Annual statistical returns and brief notes on vaccination in Bengal - 1896-1909
Year: 1896
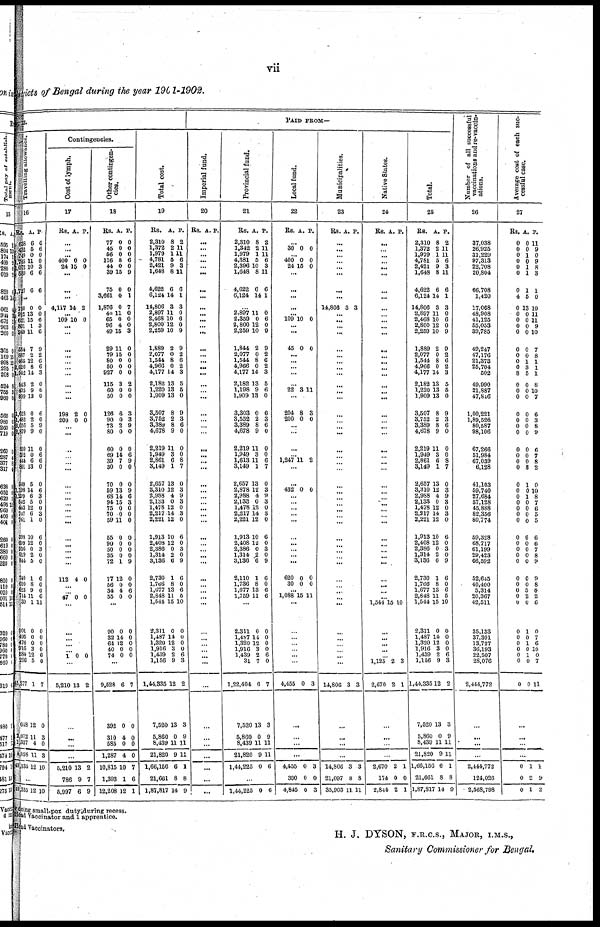
vii
Districts of Bengal during the year 1901-1902.
TURE.
Travelling allowance.
16
Rs.
638
432
749
1,765
1,072
589
1,727
A.
6
5
0
11
10
6
6
P.
6
6
0
0
3
6
6
...
750
912
621
801
949
554
887
465
8,620
1,042
543
405
899
1,623
1,482
2,056
3,879
899
592
444
801
949
1,198
1,299
542
443
747
761
598
699
956
619
844
740
600
623
744
30
901
495
476
916
584
296
45,277
648
2,072
1,337
4,058
49,335
0
13
15
1
11
7
2
12
8
14
2
9
13
0
2
5
9
11
0
6
13
5
14
6
5
12
6
1
10
12
0
2
5
1
8
9
11
1
0
0
0
3
12
5
1
12
11
4
11
12
0
0
6
3
6
9
2
6
6
3
0
6
0
6
0
9
0
0
6
6
0
0
6
3
0
0
3
0
6
0
3
0
0
6
0
0
6
11
0
0
0
0
6
0
7
0
3
0
3
10
...
49,335 12 10
Contingencies.
Cost of lymph.
17
Rs. A. P.
...
...
...
400
24
0
15
0
0
...
...
...
4,117 14 2
... 109 10 0
...
...
...
...
...
... ...
...
... ...
198
200
2
0
0
0
... ...
...
...
... ...
...
...
...
...
...
... ...
...
...
...
... ...
112 4 0
...
... 47 0 0
...
...
...
...
...
1 0 0
...
5,210 13 2
...
...
...
...
5,210
786
5,997
13
9
6
2
7
9
Other contingen-
cies.
18
Rs.
77
45
56
116
44
39
75
3,661
1,876
40
65
96
49
29
79
80
50
927
115
60
50
126
90
73
80
60
69
39
30
70
59
68
94
75
70
59
55
90
50
35
72
77
56
34
55
A.
0
0
0
8
0
15
0
0
0
11
0
4
15
11
15
0
0
0
3
0
0
6
0
2
0
0
14
7
0
0
13
14
15
0
0
11
0
0
0
0
1
12
0
4
0
P.
0
0
0
6
0
9
0
1
7
0
0
0
3
0
0
0
0
0
2
0
0
3
3
9
0
0
6
9
0
0
9
6
3
0
0
0
0
0
0
0
9
0
0
6
0
...
90
32
64
40
74
0
14
12
0
0
0
0
0
0
0
...
9,528
392
310
585
1,287
10,815
1,393
12,208
6
0
4
0
4
10
1
12
7
0
0
0
0
7
6
1
Total cost.
19
Rs.
2,310
1,372
1,979
4,781
2,421
1,648
4,622
6,124
14,806
2,897
2,468
2,800
2,259
1,889
2,077
1,544
4,966
4,177
2,182
1,220
1,909
3,507
3,752
3,389
4,678
2,219
1,949
2,861
3,149
2,657
3,310
2,988
2,133
1,478
2,217
2,221
1,913
2,408
2,386
1,314
3,136
2,730
1,766
1,677
2,848
1,544
2,311
1,487
1,320
1,916
1,439
1,156
1,44,335
7,520
5,860
8,439
21,820
1,66,156
21,661
1,87,817
A.
8
2
1
5
9
8
6
14
3
11
10
12
10
2
0
8
0
14
13
13
13
8
2
8
9
11
3
6
1
13
12
4
0
12
14
12
10
12
0
2
6
1
8
13
11
15
0
14
12
3
2
9
12
13
0
11
9
6
8
14
P.
2
11
11
6
3
11
6
1
3
0
6
0
9
9
2
6
2
3
5
5
0
9
3
6
0
0
0
8
7
0
3
9
3
0
3
0
6
0
3
0
9
6
0
6
5
10
0
0
0
0
6
3
2
3
9
11
11
1
8
9
PAID FROM—
Imperial fund.
20
Rs. A. P.
...
...
...
...
...
...
...
...
...
...
... ...
...
...
...
...
...
...
...
...
...
...
... ...
...
...
...
... ...
...
...
...
... ...
...
...
...
... ...
... ...
...
...
... ...
...
...
...
... ...
...
...
...
...
...
...
...
...
...
...
Provincial fund.
21
Rs.
2,310
1,342
1,979
4,381
2,396
1,648
4,622
6,124
A.
8
2
1
5
10
8
6
14
P.
2
11
11
6
3
11
6
1
...
2,897
2,359
2,800
2,259
1,844
2,077
1,544
4,966
4,177
2,182
1,198
1,909
3,303
3,552
3,389
4,678
2,219
1,949
1,613
3,149
2,657
2,878
2,988
2,133
1,478
2,217
2,221
1,913
2,408
2,386
1,314
3,136
2,110
1,736
1,677
1,759
11
0
12
10
2
0
8
0
14
13
9
13
0
2
8
9
11
3
11
1
13
12
4
0
12
14
12
10
12
0
2
6
1
8
13
11
0
6
0
9
9
2
6
2
3
5
6
0
6
3
6
0
0
0
6
7
0
3
9
3
0
3
0
6
0
3
0
9
6
0
6
6
...
2,311
1,487
1,320
1,916
1,439
31
1,22,404
7,520
5,860
8,439
21,820
1,44,225
0
14
12
3
2
7
6
13
0
11
9
0
0
0
0
0
6
0
7
3
9
11
11
6
...
1,44,225 0 6
Local fund.
22
Rs. A. P.
...
30 0 0
...
400
24
0
15
0
0
...
...
...
...
...
109 10 0
...
...
45 0 0
...
...
...
...
...
22 3 11
...
204
200
8
0
3
0
...
...
...
...
1,247 11 2
...
...
432 0 0
... ...
...
... ...
...
...
...
...
...
620
30
0
0
0
0
...
1,088 15 11
...
...
...
...
...
...
...
4,455 0 3
...
...
...
...
4,455
390
4,845
0
0
0
3
0
3
Municipalities.
23
Rs. A. P.
...
...
...
... ...
...
...
...
14,806 3 3
...
... ...
...
...
...
...
... ...
...
... ...
...
... ... ...
...
...
... ...
...
...
... ...
...
...
...
...
... ...
... ...
...
...
...
... ...
...
...
...
...
...
...
14,806 3 3
...
...
...
...
14,806
21,097
35,903
3
8
11
3
8
11
Native States.
24
Rs. A. P.
...
...
...
...
...
...
...
...
...
...
... ...
...
...
...
...
... ...
...
... ...
...
...
... ...
...
...
... ...
...
...
... ...
...
... ...
...
...
...
... ...
...
...
... ...
1,544 15 10
...
...
...
...
... 1,125
2,670
2
2
3
1
...
...
...
...
2,670
174
2,844
2
0
2
1
0
1
Total.
25
Rs.
2,310
1,372
1,979
4,781
2,421
1,648
4,622
6,124
14,806
2,897
2,468
2,800
2,259
1,889
2,077
1,544
4,966
4,177
2,182
1,220
1,909
3,507
3,752
3,389
4,678
2,219
1,949
2,861
3,149
2,657
3,310
2,988
2,133
1,478
2,217
2,221
1,913
2,408
2,386
1,314
3,136
2,730
1,766
1,677
2,848
1,544
2,311
1,487
1,320
1,916
1,439
1,156
1,44,335
7,520
5,860
8,439
21,320
1,66,156
21,661
1,87,817
A.
8
2
1
5
9
8
6
14
3
11
10
12
10
2
0
8
0
14
13
13
13
8
2
8
9
11
3
6
1
13
12
4
0
12
14
12
10
12
0
2
6
1
8
13
11
15
0
14
12
3
2
9
12
13
0
11
9
6
8
14
P.
2
11
11
6
3
11
6
1
3
0
6
0
9
9
2
6
2
3
5
5
0
9
3
6
0
0
0
8
7
0
3
9
3
0
3
0
6
0
3
0
9
6
0
6
5
10
0
0
0
0
6
3
2
3
9
11
11
1
8
9
Number of all successful
vaccinations and re-vaccin-
ations.
26
37,038
26,925
31,229
97,313
22,708
20,804
66,708
1,420
17,068
48,908
41,125
55,053
39,785
49,247
47,176
21,373
25,704
502
49,990
21,887
47,846
1,00,221
1,89,526
80,587
98,106
67,266
51,984
67,039
6,128
41,103
59,740
27,684
57,128
45,888
82,356
80,774
59,328
68,717
61,199
29,423
66,592
52,645
40,400
5,314
20,367
42,511
35,133
37,301
13,727
36,193
22,507
28,076
2,444,772
...
...
...
...
2,444,772
124,026
2,568,798
Average cost of each suc-
cessful case.
27
Rs.
0
0
0
0
0
0
0
4
0
0
0 0
0
0
0
0
0
8
0
0
0
0
0
0
0
0
0
0
0
0
0
0
0
0
0
0
0
0
0
0
0
0
0
0
0
0
0
0
0
0
0
0
0
A.
0
0
1
0
1
1
1
5
13
0
0
0
0
0
0
1
3
5
0
0
0
0
0
0
0
0
0
0
8
1
0
1
0
0
0
0
6
0
0
0
0
0
0
5
2
0
1
0
1
0
1
0
0
P.
11
9
0
9
8
3
1
0
10
11
11
9
10
7
8
1
1
1
8
10
7
6
3
8
9
6
7
8
2
0
10
8
7
6
5
5
6
6
7
8
9
9
8
0
2
6
0
7
6
10
0
7
11
...
...
...
...
0
0
0
1
2
1
1
9
2
doing small-pox duty during recess.
Head Vaccinator and 1 apprentice.
Head Vaccinators.
H. J. DYSON, F.R.C.S., MAJOR, I.M.S.,
Sanitary Commissioner for Bengal.